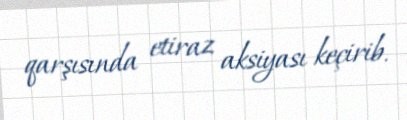
qarşısında etiraz aksiyası keçirib.